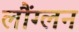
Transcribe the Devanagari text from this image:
लौंग्लन